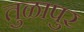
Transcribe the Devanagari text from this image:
तुळापुर